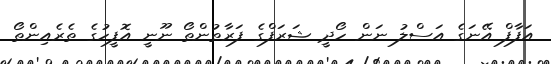
އަފާފް އޭނަގެ އަސްލު ނަން ހޯދީ ޝަރަފްގެ ފަރާތުންތޯ ނޫނީ އޮފީހުގެ ތެރެއިންތޯ